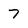
Character: 7